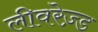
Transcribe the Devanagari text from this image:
लीवरेज़्ड